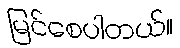
မြင်စေပါတယ်။